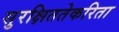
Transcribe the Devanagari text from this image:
सुरक्षिततेकरिता